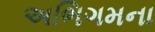
અભિગમના